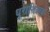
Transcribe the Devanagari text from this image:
धुराशिवाय